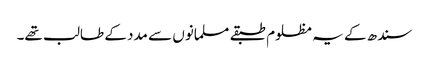
سندھ کے یہ مظلوم طبقے مسلمانوں سے مدد کے طالب تھے۔